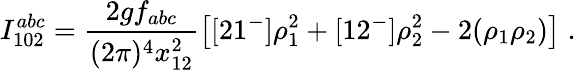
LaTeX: I_{102}^{abc}=\frac{2gf_{abc}}{(2\pi)^{4}x_{12}^{2}}\left[[21^{-}]\rho_{1}^{2}+[12^{-}]\rho_{2}^{2}-2(\rho_{1}\rho_{2})\right]\; .